Lunatic asylums United Provinces 1909-1921 - 1909-1921
Year: 1909
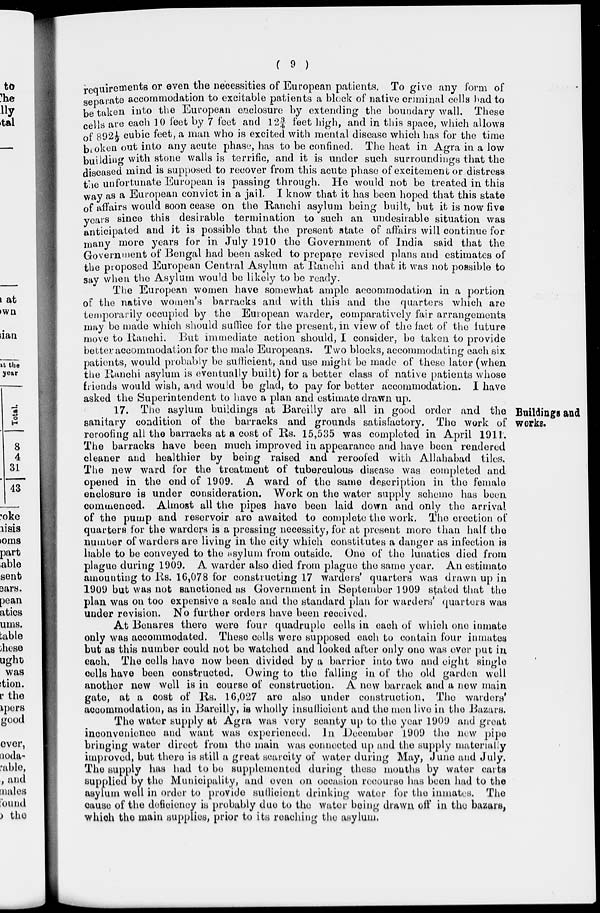
( 9 )
requirements or even the necessities of European patients. To give any form of
separate accommodation to excitable patients a block of native criminal cells had to
be taken into the European enclosure by extending the boundary wall. These
cells are each 10 feet by 7 feet and 12¾ feet high, and in this space, which allows
of 892½ cubic feet, a man who is excited with mental disease which has for the time
broken out into any acute phase, has to be confined. The heat in Agra in a low
building with stone walls is terrific, and it is under such surroundings that the
diseased mind is supposed to recover from this acute phase of excitement or distress
the unfortunate European is passing through. He would not be treated in this
way as a European convict in a jail. I know that it has been hoped that this state
of affairs would soon cease on the Ranchi asylum being built, but it is now five
years since this desirable termination to such an undesirable situation was
anticipated and it is possible that the present state of affairs will continue for
many more years for in July 1910 the Government of India said that the
Government of Bengal had been asked to prepare revised plans and estimates of
the proposed European Central Asylum at Ranchi and that it was not possible to
say when the Asylum would be likely to be ready.
The European women have somewhat ample accommodation in a portion
of the native women's barracks and with this and the quarters which are
temporarily occupied by the European warder, comparatively fair arrangements
may be made which should suffice for the present, in view of the fact of the future
move to Ranchi. But immediate action should, I consider, be taken to provide
better accommodation for the male Europeans. Two blocks, accommodating each six
patients, would probably be sufficient, and use might be made of these later (when
the Ranchi asylum is eventually built) for a better class of native patients whose
friends would wish, and would be glad, to pay for better accommodation. I have
asked the Superintendent to have a plan and estimate drawn up.
Buildings and
works.
17. The asylum buildings at Bareilly are all in good order and the
sanitary condition of the barracks and grounds satisfactory. The work of
reroofing all the barracks at a cost of Rs. 15,535 was completed in April 1911.
The barracks have been much improved in appearance and have been rendered
cleaner and healthier by being raised and reroofed with Allahabad tiles.
The new ward for the treatment of tuberculous disease was completed and
opened in the end of 1909. A ward of the same description in the female
enclosure is under consideration. Work on the water supply scheme has been
commenced. Almost all the pipes have been laid down and only the arrival
of the pump and reservoir are awaited to complete the work. The erection of
quarters for the warders is a pressing necessity, for at present more than half the
number of warders are living in the city which constitutes a danger as infection is
liable to be conveyed to the asylum from outside. One of the lunatics died from
plague during 1909. A warder also died from plague the same year. An estimate
amounting to Rs. 16,078 for constructing 17 warders' quarters was drawn up in
1909 but was not sanctioned as Government in September 1909 stated that the
plan was on too expensive a scale and the standard plan for warders' quarters was
under revision. No further orders have been received.
At Benares there were four quadruple cells in each of which one inmate
only was accommodated. These cells were supposed each to contain four inmates
but as this number could not be watched and looked after only one was ever put in
each. The cells have now been divided by a barrier into two and eight single
cells have been constructed. Owing to the falling in of the old garden well
another new well is in course of construction. A new barrack and a new main
gate, at a cost of Rs. 16,027 are also under construction, The warders'
accommodation, as in Bareilly, is wholly insufficient and the men live in the Bazars.
The water supply at Agra was very scanty up to the year 1909 and great
inconvenience and want was experienced. In December 1,909 the new pipe
bringing water direct from the main was connected up and the supply materially
improved, but there is still a great scarcity of water during May, June and July.
The supply has had to be supplemented during these months by water carts
supplied by the Municipality, and even on occasion recourse has been had to the
asylum well in order to provide sufficient drinking water for the inmates. The
cause of the deficiency is probably due to the water being drawn off in the bazars,
which the main supplies, prior to its reaching the asylum.